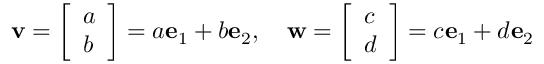
{ \mathbf { v } } = { \left[ \begin{array} { l } { a } \\ { b } \end{array} \right] } = a { \mathbf { e } } _ { 1 } + b { \mathbf { e } } _ { 2 } , \quad { \mathbf { w } } = { \left[ \begin{array} { l } { c } \\ { d } \end{array} \right] } = c { \mathbf { e } } _ { 1 } + d { \mathbf { e } } _ { 2 }